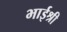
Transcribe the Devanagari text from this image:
भाईश्री